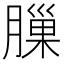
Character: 𦟳